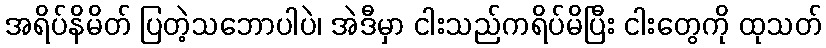
အရိပ်နိမိတ် ပြတဲ့သဘောပါပဲ၊ အဲဒီမှာ ငါးသည်ကရိပ်မိပြီး ငါးတွေကို ထုသတ်